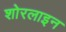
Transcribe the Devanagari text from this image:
शोरलाइन